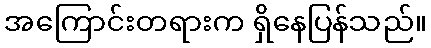
အကြောင်းတရားက ရှိနေပြန်သည်။